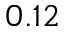
0 . 1 2